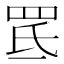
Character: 䍕